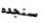
سنجده